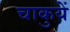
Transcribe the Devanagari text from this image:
चाकुयें